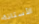
الأستاذة